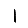
Digit: 1